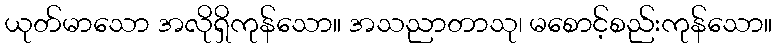
ယုတ်မာသော အလိုရှိကုန်သော။ အသညာတာသု၊ မစောင့်စည်းကုန်သော။